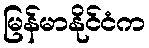
မြန်မာနိုင်ငံက